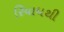
રિયાધથી